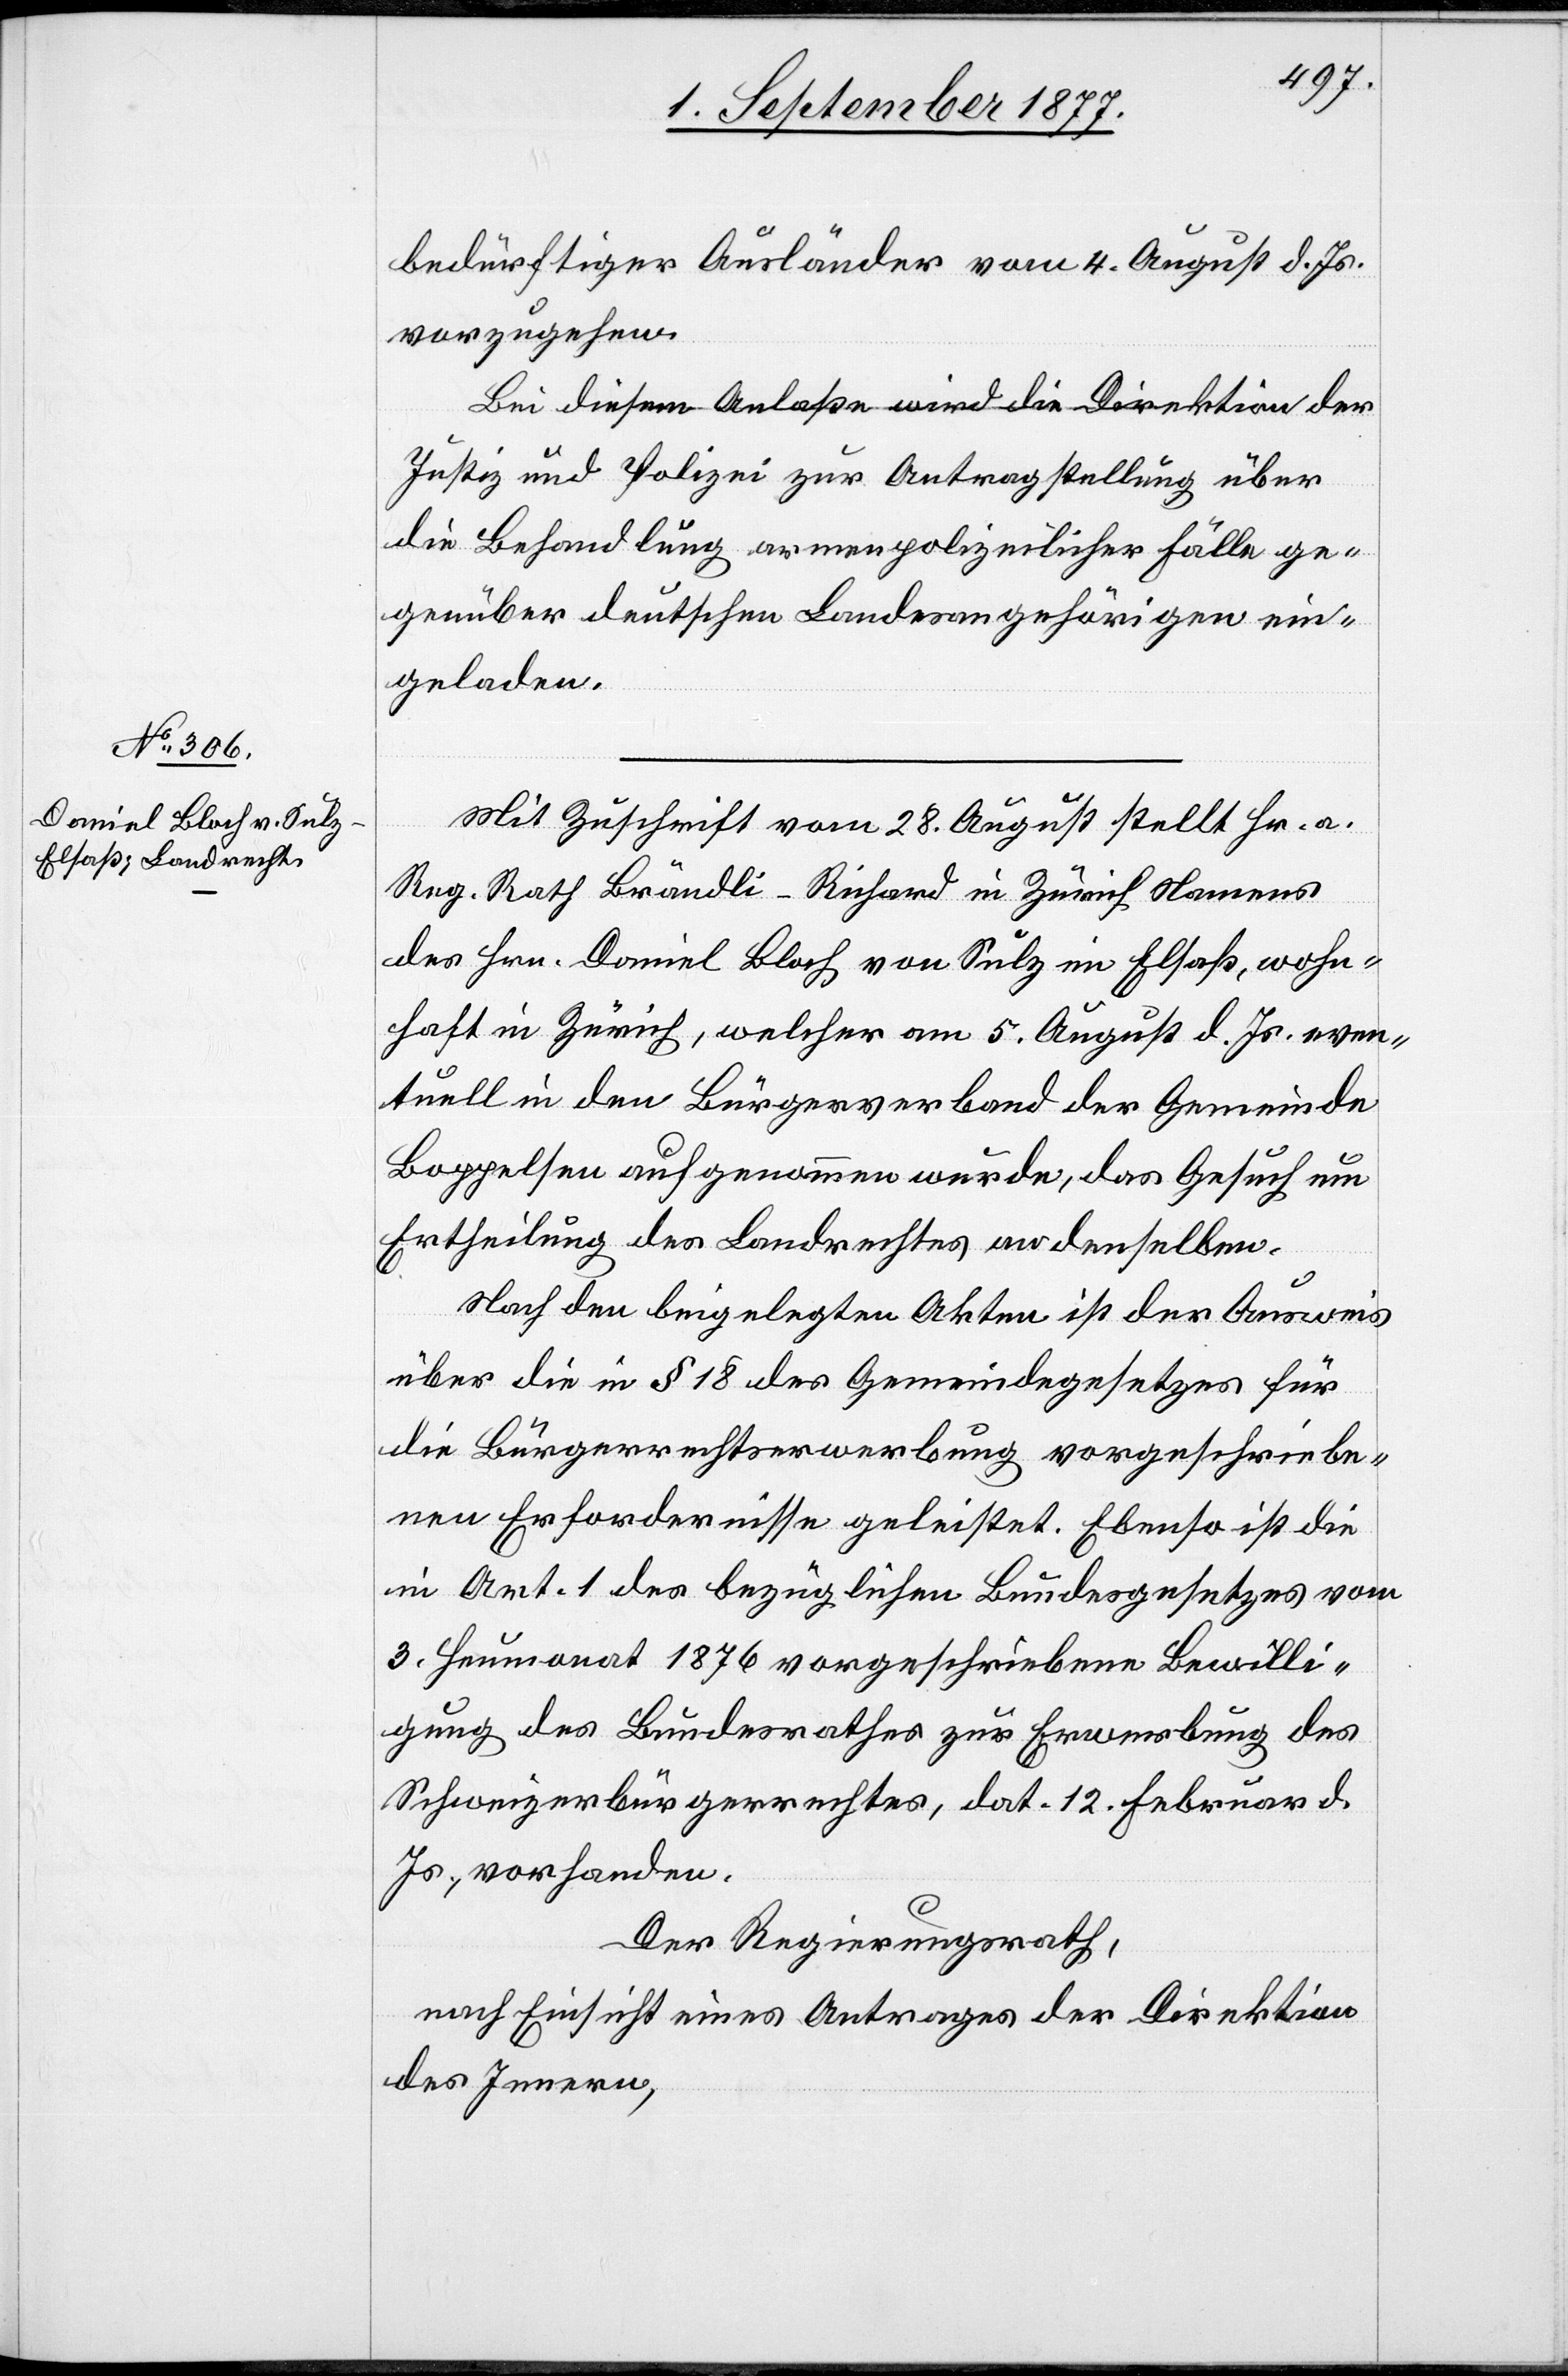
bedürftiger Ausländer vom 4. August d. Js.
vorzugehen.
Bei diesem Anlaße wird die Direktion der
Justiz und Polizei zur Antragstellung über
die Behandlung armenpolizeilicher Fälle ge¬
genüber deutschen Landesangehörigen ein¬
geladen.
Mit Zuschrift vom 28. August stellt Hr. a.
Reg. Rath Brändli-Richard in Zürich Namens
des Hrn. Daniel Bloch von Sulz im Elsaß, wohn¬
haft in Zürich, welcher am 5. August d. Js. even¬
tuell in den Bürgerverband der Gemeinde
Boppelsen aufgenommen wurde, das Gesuch um
Ertheilung des Landrechtes an denselben.
Nach den beigelegten Akten ist der Ausweis
über die in § 18 des Gemeindegesetzes für
die Bürgerrechtserwerbung vorgeschriebe¬
nen Erfordernisse geleistet. Ebenso ist die
in Art. 1 des bezüglichen Bundesgesetzes vom
3. Heumonat 1876 vorgeschriebene Bewilli¬
gung des Bundesrathes zur Erwerbung des
Schweizerbürgerrechtes, dat. 12. Februar d.
Js., vorhanden.
Der Regierungsrath,
nach Einsicht eines Antrages der Direktion
des Innern,